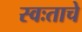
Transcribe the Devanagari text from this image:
स्वःताचे